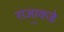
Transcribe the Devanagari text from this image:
राजा॒कडे